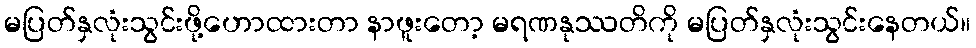
မပြတ်နှလုံးသွင်းဖို့ဟောထားတာ နာဖူးတော့ မရဏနုဿတိကို မပြတ်နှလုံးသွင်းနေတယ်။